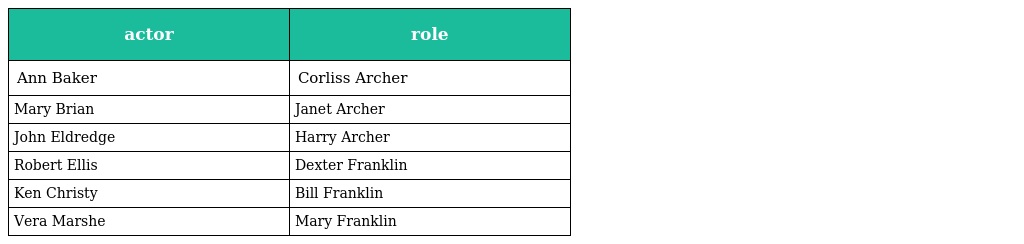
| actor | role |
 | --- | --- |
 | Ann Baker | Corliss Archer |
 | Mary Brian | Janet Archer |
 | John Eldredge | Harry Archer |
 | Robert Ellis | Dexter Franklin |
 | Ken Christy | Bill Franklin |
 | Vera Marshe | Mary Franklin |